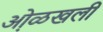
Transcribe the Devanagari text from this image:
ओ़ळखली